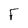
Character: F